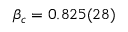
\beta _ { c } = 0 . 8 2 5 ( 2 8 )